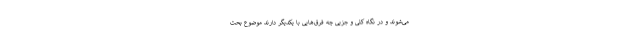
می‌شوند و در نگاه کلی و جزیی چه فرق‌هایی با یکدیگر دارند موضوع بحث